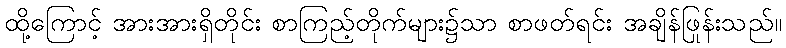
ထို့ကြောင့် အားအားရှိတိုင်း စာကြည့်တိုက်များ၌သာ စာဖတ်ရင်း အချိန်ဖြုန်းသည်။